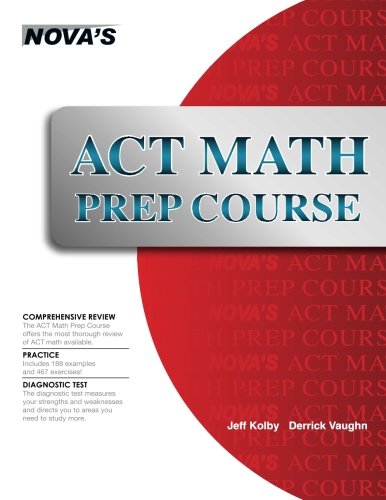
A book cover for ACT Math Prep Course; Jeff Kolby; Test Preparation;